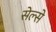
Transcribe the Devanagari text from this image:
सेल्से